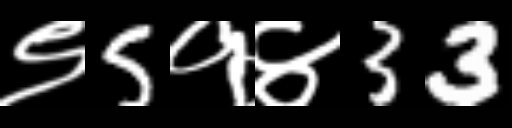
Text: ९5१४33